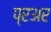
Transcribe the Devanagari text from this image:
प्रअर